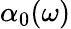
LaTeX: \alpha_{0}(\omega)